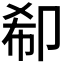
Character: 𠨚